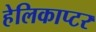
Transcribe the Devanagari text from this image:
हेलिकाप्‍टर